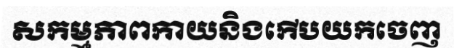
សកម្មភាពកាយនិងកើបយកចេញ